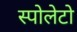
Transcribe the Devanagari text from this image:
स्पोलेटो